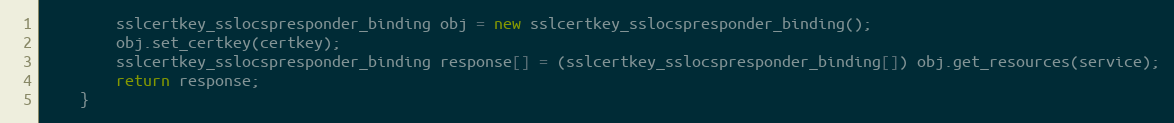
Language: Java
		sslcertkey_sslocspresponder_binding obj = new sslcertkey_sslocspresponder_binding();
		obj.set_certkey(certkey);
		sslcertkey_sslocspresponder_binding response[] = (sslcertkey_sslocspresponder_binding[]) obj.get_resources(service);
		return response;
	}